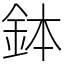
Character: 鉢